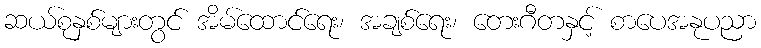
ဆယ်စုနှစ်များတွင် အိမ်ထောင်ရေး၊ အချစ်ရေး၊ တေးဂီတနှင့် စာပေအနုပညာ